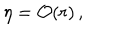
LaTeX: \eta = { \cal O } ( r ) \, ,